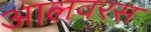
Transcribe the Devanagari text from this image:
आलवरस